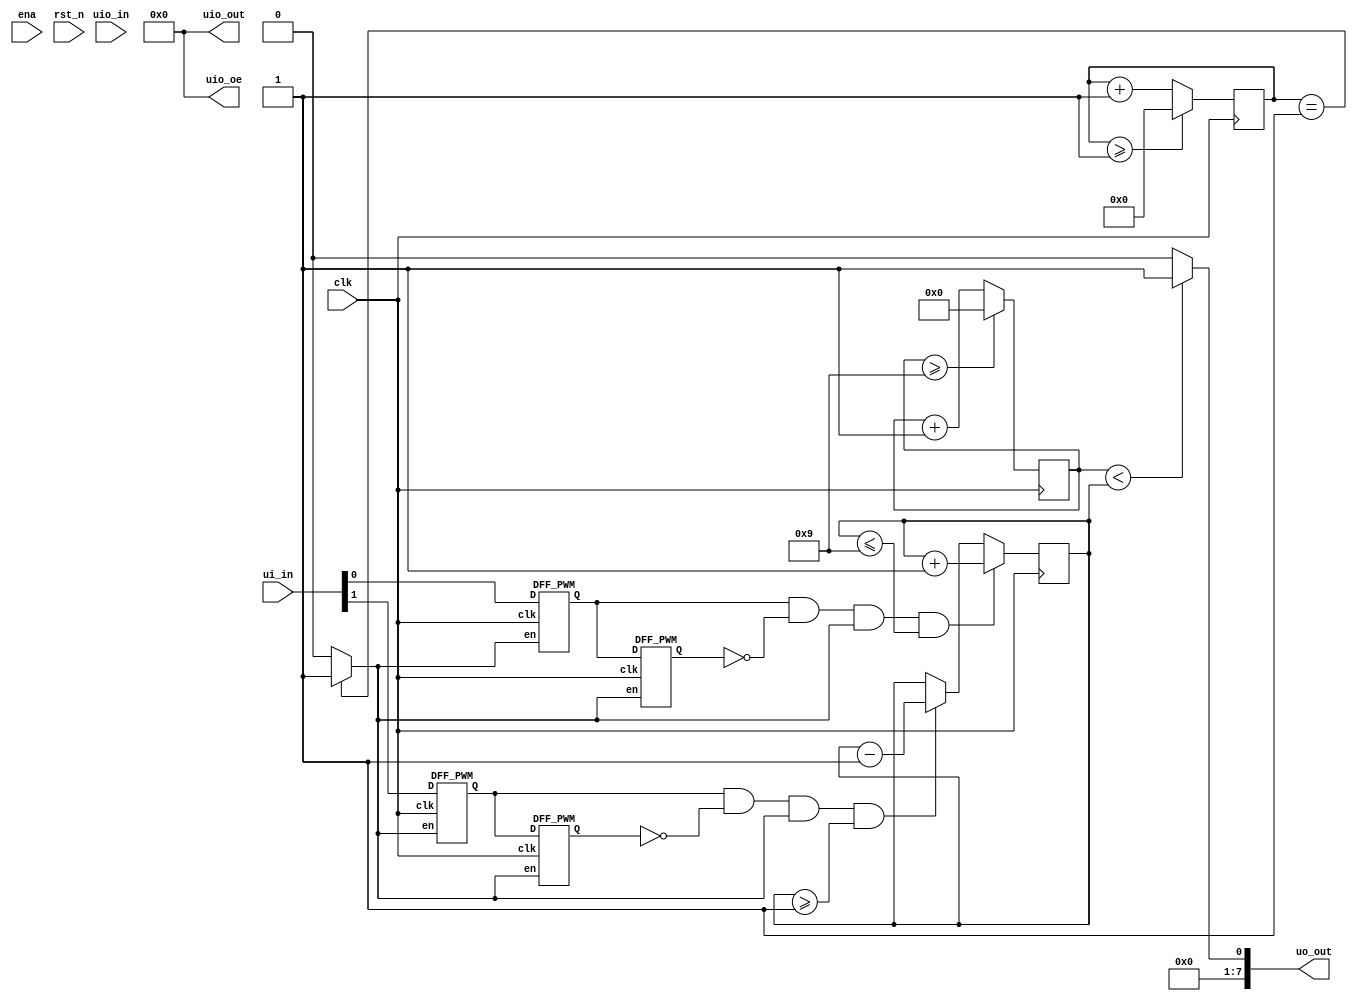
/*
 * Copyright (c) 2024 Your Name
 * SPDX-License-Identifier: Apache-2.0
 */

`define default_netname none

module tt_um_PWM_Generator_Verilog (
    input  wire [7:0] ui_in,    // Dedicated inputs
    output wire [7:0] uo_out,   // Dedicated outputs
    input  wire [7:0] uio_in,   // IOs: Input path
    output wire [7:0] uio_out,  // IOs: Output path
    output wire [7:0] uio_oe,   // IOs: Enable path (active high: 0=input, 1=output)
    input  wire       ena,      // will go high when the design is enabled
    input  wire       clk,      // clock
    input  wire       rst_n     // reset_n - low to reset
    );

  // All output pins must be assigned. If not used, assign to 0.
  //assign uo_out  = ui_in + uio_in;  // Example: ou_out is the sum of ui_in and uio_in
    assign uio_out = 0;
    assign uio_oe  = 0;
   
  
    //assign increase_duty=ui_in[0];
    //assign ui_in[1]=ui_in[1];
    //assign uo_out[0]=uo_out;
    //assign uo_out=uo_out[0];
     //assign ui_in[7:2]=0;    
    //assign ui_out[7:1]=0;
    
 wire slow_clk_enable; // slow clock enable signal for debouncing FFs
 reg[27:0] counter_debounce=0;// counter for creating slow clock enable signals 
 wire tmp1,tmp2,duty_inc;// temporary flip-flop signals for debouncing the increasing button
 wire tmp3,tmp4,duty_dec;// temporary flip-flop signals for debouncing the decreasing button
 reg[3:0] counter_PWM=0;// counter for creating 10Mhz PWM signal
 reg[3:0] DUTY_CYCLE=5; // initial duty cycle is 50%
  // Debouncing 2 buttons for inc/dec duty cycle 
  // Firstly generate slow clock enable for debouncing flip-flop (4Hz)
 always @(posedge clk)
 begin
   counter_debounce <= counter_debounce + 1;
   //if(counter_debounce>=25000000) then  
   // for running on FPGA -- comment when running simulation
   if(counter_debounce>=1) 
   // for running simulation -- comment when running on FPGA
    counter_debounce <= 0;
 end
 // assign slow_clk_enable = counter_debounce == 25000000 ?1:0;
 // for running on FPGA -- comment when running simulation 
 assign slow_clk_enable = counter_debounce == 1 ?1:0;
 // for running simulation -- comment when running on FPGA
 // debouncing FFs for increasing button
    DFF_PWM PWM_DFF1(clk,slow_clk_enable,ui_in[0],tmp1);
 DFF_PWM PWM_DFF2(clk,slow_clk_enable,tmp1, tmp2); 
 assign duty_inc =  tmp1 & (~ tmp2) & slow_clk_enable;
 // debouncing FFs for decreasing button
 DFF_PWM PWM_DFF3(clk,slow_clk_enable,ui_in[1], tmp3);
 DFF_PWM PWM_DFF4(clk,slow_clk_enable,tmp3, tmp4); 
 assign duty_dec =  tmp3 & (~ tmp4) & slow_clk_enable;
 // vary the duty cycle using the debounced buttons above
 always @(posedge clk)
 begin
   if(duty_inc==1 && DUTY_CYCLE <= 9) 
    DUTY_CYCLE <= DUTY_CYCLE + 1;// increase duty cycle by 10%
   else if(duty_dec==1 && DUTY_CYCLE>=1) 
    DUTY_CYCLE <= DUTY_CYCLE - 1;//decrease duty cycle by 10%
 end 
// Create 10MHz PWM signal with variable duty cycle controlled by 2 buttons 
 always @(posedge clk)
 begin
   counter_PWM <= counter_PWM + 1;
   if(counter_PWM>=9) 
    counter_PWM <= 0;
 end
 assign uo_out = counter_PWM < DUTY_CYCLE ? 1:0;
endmodule
// Debouncing DFFs for push buttons on FPGA
module DFF_PWM(clk,en,D,Q);
input clk,en,D;
output reg Q;
always @(posedge clk)
begin 
 if(en==1) // slow clock enable signal 
  Q <= D;
end
endmodule